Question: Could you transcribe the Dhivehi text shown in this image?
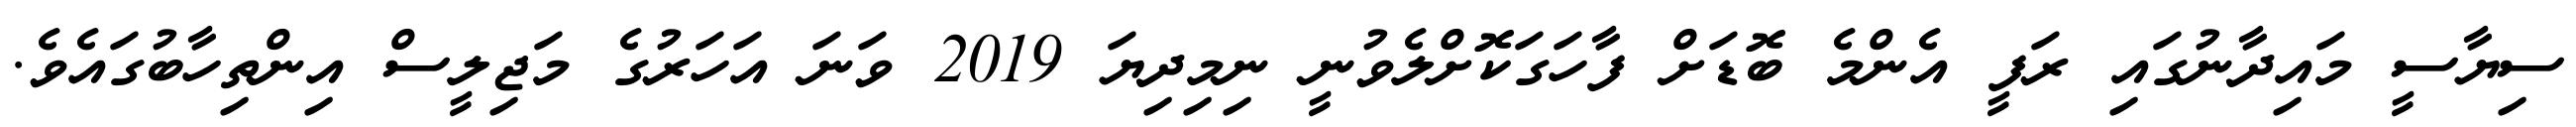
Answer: ސިޔާސީ މައިދާނުގައި ރަފީ އެންމެ ބޮޑަށް ފާހަގަކޮށްލެވުނީ ނިމިދިޔަ 2019 ވަނަ އަހަރުގެ މަޖިލީސް އިންތިހާބުގައެވެ.